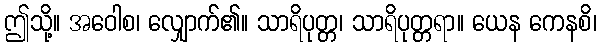
ဤသို့။ အဝေါစ၊ လျှောက်၏။ သာရိပုတ္တ၊ သာရိပုတ္တရာ။ ယေန ကေနစိ၊